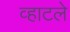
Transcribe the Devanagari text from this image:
व्हाटले